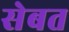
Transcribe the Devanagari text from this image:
सेबत